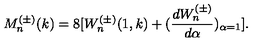
M _ { n } ^ { ( \pm ) } ( k ) = 8 [ W _ { n } ^ { ( \pm ) } ( 1 , k ) + ( \frac { d W _ { n } ^ { ( \pm ) } } { d \alpha } ) _ { \alpha = 1 } ] .